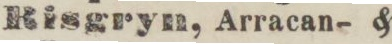
Risgryn, Arracan- &